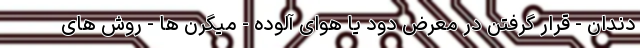
دندان - قرار گرفتن در معرض دود یا هوای آلوده - میگرن ها - روش های